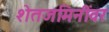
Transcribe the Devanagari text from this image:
शेतजमिनींवर